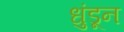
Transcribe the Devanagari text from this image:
धुंडून